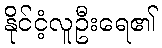
နိုင်ငံ့လူဦးရေ၏